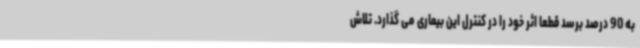
به 90 درصد برسد قطعا اثر خود را در کنترل این بیماری می گذارد. تلاش